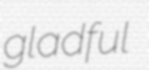
gladful